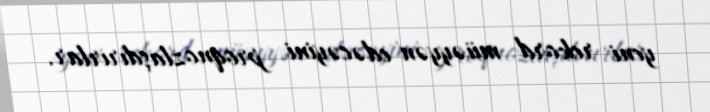
yeni rekord müəyyən edəcəyini proqnozlaşdırırlar.